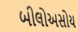
બીલોઅસોય